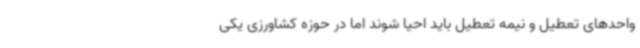
واحدهای تعطیل و نیمه تعطیل باید احیا شوند اما در حوزه کشاورزی یکی